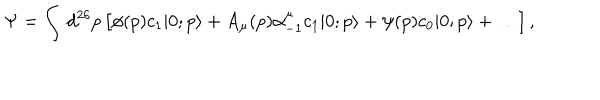
\Psi = \int \, d ^ { 2 6 } p \left[ \phi ( p ) c _ { 1 } | 0 ; p \rangle + A _ { \mu } ( p ) \alpha _ { - 1 } ^ { \mu } c _ { 1 } | 0 ; p \rangle + \psi ( p ) c _ { 0 } | 0 ; p \rangle + \ldots \right] ,